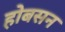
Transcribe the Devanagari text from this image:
होबसन